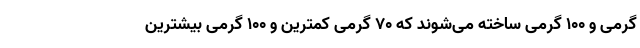
گرمی و 100 گرمی ساخته می‌شوند که 70 گرمی کمترین و 100 گرمی بیشترین